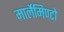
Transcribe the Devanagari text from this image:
मार्लेमिण्टो